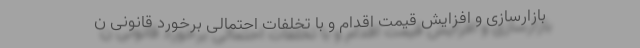
بازارسازی و افزایش قیمت اقدام و با تخلفات احتمالی برخورد قانونی ن